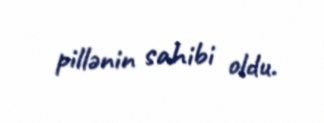
pillənin sahibi oldu.